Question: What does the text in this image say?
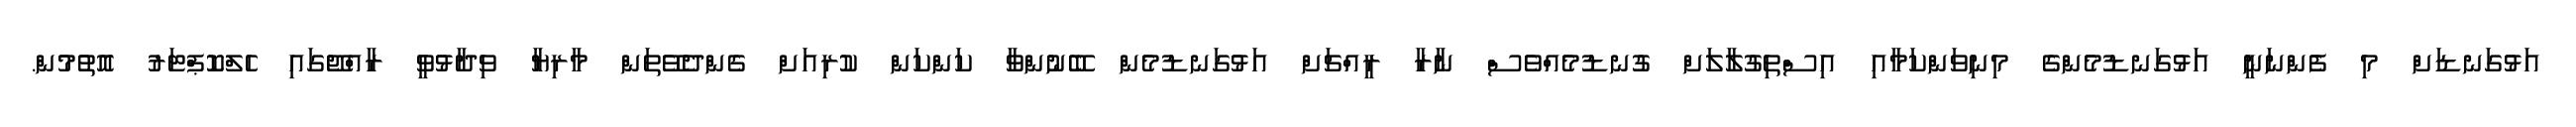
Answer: އަޅުގަނޑަށް މި ފެންނަނީ އަޅުގަނޑުމެންގެ މިނިވަންކަމާއި އިސްތިގުލާލަށް ގުނޑުމެއްވެސް ނާރާ ރީއްޗަށް އަޅުގަނޑުމެން ބޭނުންވާ ކަންކަން ކުރިއަށް ގެންދެވޭތަން މާރިޔާ ވިދާޅުވީ ރާއްޖޭގައި ހެލްކޮޕްޓަރު އޮތުމުން.